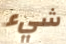
شيء